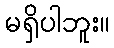
မရှိပါဘူး။